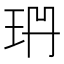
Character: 𭹅